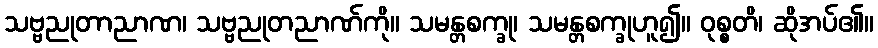
သဗ္ဗညုတာညာဏ၊ သဗ္ဗညုတညာဏ်ကို။ သမန္တစက္ခု၊ သမန္တစက္ခုဟူ၍။ ဝုစ္စတိ၊ ဆိုအပ်၏။